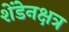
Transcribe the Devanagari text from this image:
शेंडेनक्षत्र